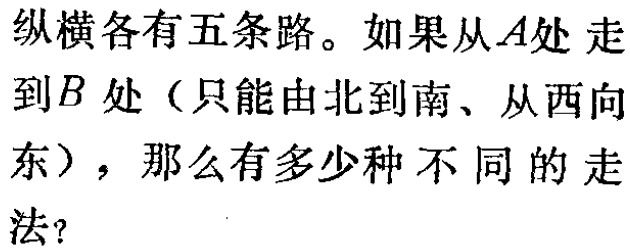
纵横各有五条路。如果从\(A\)处走到\(B\)处（只能由北到南、从西向东），那么有多少种不同的走法？